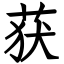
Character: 获